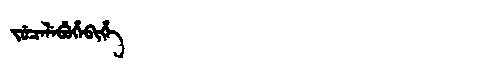
Manchu: ᠵᡠᠴᡝᠯᡝᠪᡠᡥᡝᠪᡳᡥᡝ
Romanization: JUCELEBUHEBIHE